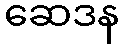
ဆေဒန